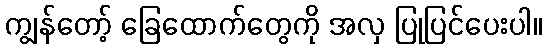
ကျွန်တော့် ခြေထောက်တွေကို အလှ ပြုပြင်ပေးပါ။